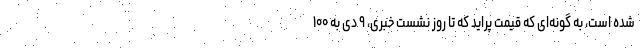
شده است، به گونه‌ای که قیمت پراید که تا روز نشست خبری، ۹ دی به ۱۰۰